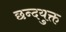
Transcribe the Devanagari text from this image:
छन्दयुक्त